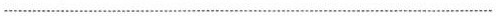
___